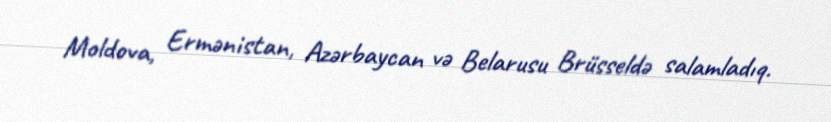
Moldova, Ermənistan, Azərbaycan və Belarusu Brüsseldə salamladıq.